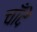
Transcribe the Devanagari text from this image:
चाँदे